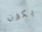
يكون